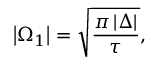
\left\vert \Omega _ { 1 } \right\vert = \sqrt { \frac { \pi \left\vert \Delta \right\vert } { \tau } } ,